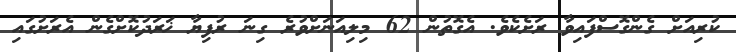
ކުރިއަށް ގެންގޮސްފައިވާ ރަށެކެވެ. އެގޮތުން 62 މިލިއަނަށްވުރެ ގިނަ ރުފިޔާ ޚަރަދުކޮށްގެން އެރަށުގައި